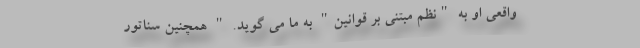
واقعی او به "نظم مبتنی بر قوانین" به ما می گوید. " همچنین سناتور